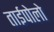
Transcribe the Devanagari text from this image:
ताईपोलो